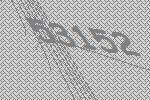
53152